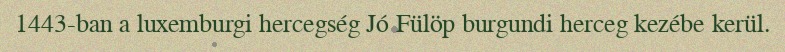
1443-ban a luxemburgi hercegség Jó Fülöp burgundi herceg kezébe kerül.